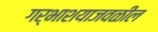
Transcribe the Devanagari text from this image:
गर्भाशयाजवळील